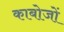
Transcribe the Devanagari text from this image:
काबोजों